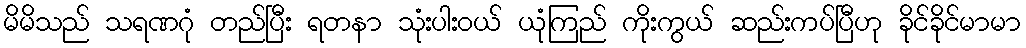
မိမိသည် သရဏဂုံ တည်ပြီး ရတနာ သုံးပါးဝယ် ယုံကြည် ကိုးကွယ် ဆည်းကပ်ပြီဟု ခိုင်ခိုင်မာမာ